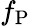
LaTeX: f_{\mathrm{P}}